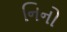
નિનો